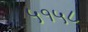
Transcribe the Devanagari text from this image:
५१५८